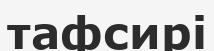
тафсирі